Report of the Indian Hemp Drugs Commission, 1894-1895 - Volume VII
Year: 1894
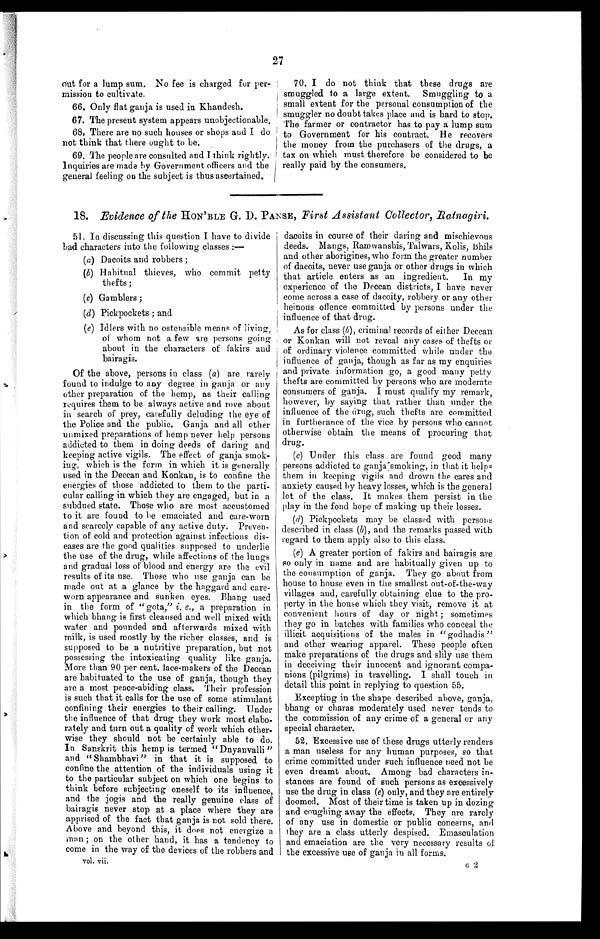
27
out for a lump sum. No fee is charged for per--
mission to cultivate.
66. Only flat ganja is used in Khandesh.
67. The present system appears unobjectionable.
68. There are no such houses or shops and I do
not think that there ought to be.
69. The people are consulted and I think rightly.
Inquiries are made by Government officers and the
general feeling on the subject is thus ascertained.
70. I do not think that these drugs are
smuggled to a large extent. Smuggling to a
small extent for the personal consumption of the
smuggler no doubt takes place and is hard to stop.
The farmer or contractor has to pay a lump sum
to Government for his contract. He recovers
the money from the purchasers of the drugs, a
tax on which must therefore be considered to be
really paid by the consumers.
18. Evidence of the H ON ' BLE G. D. PANSE, First Assistant Collector, Ratnagiri.
51. In discussing this question I have to divide
bad characters into the following classes : —
(a) Dacoits and robbers ;
(b) Habitual thieves, who commit petty
thefts;
(c) Gamblers ;
(d) Pickpockets ; and
( e ) I d l e r s w i t h n o o s t e n s i b l e m e a n so
f
l i v i n g ,
of whom not a few are persons going
about in the characters of fakirs and
bairagis.
Of the above, persons in class (a) are rarely
found to indulge to any degree in ganja or any
other preparation of the hemp, as their calling
requires them to be always active and rove about
in search of prey, carefully deluding the eye of
the Police and the public. Ganja and all other
unmixed preparations of hemp never help persons
addicted to them in doing deeds of daring and
keeping active vigils. The effect of ganja smok-
- i n g , w h i c h i s t h e f o r m i n w h i c h i t i s g e n e r a l l y
used in the Deccan and Konkan, is to confine the
energies of those addicted to them to the parti--
cular calling in which they are engaged, but in a
subdued state. Those who are most accustomed
to it are found to be emaciated and care-worn
and scarcely capable of any active duty. Preven--
tion of cold and protection against infectious dis--
eases are the good qualities supposed to underlie
the use of the drug, while affections of the lungs
and gradual loss of blood and energy are the evil
results of its use. Those who use ganja can be
made out at a glance by the haggard and care--
worn appearance and sunken eyes. Bhang used
in the form of " gota," i . e . ,
a p r e p a r a t i o n i n
which bhang is first cleansed and well mixed with
water and pounded and afterwards mixed with
milk, is used mostly by the richer classes, and is
supposed to be a nutritive preparation, but not
possessing the intoxicating quality like ganja.
More than 90 per cent. lace-makers of the Deccan
are habituated to the use of ganja, though they
are a most peace-abiding class. Their profession
is such that it calls for the use of some stimulant
confining their energies to their calling. Under
the influence of that drug they work most elabo--
rately and turn out a quality of work which other--
wise they should not be certainly able to do.
In Sanskrit this hemp is termed "Dnyanvalli "
and " Shambhavi" in that it is supposed to
confine the attention of the individuals using it
to the particular subject on which one begins to
think before subjecting oneself to its influence,
and the jogis and the really genuine class of
bairagis never stop at a place where they are
apprised of the fact that ganja is not sold there.
Above and beyond this, it does not energize a
man ; on the other hand, it has a tendency to
come in the way of the devices of the robbers and
vol. vii.
dacoits in course of their daring and mischievous
deeds. Mangs, Ramwanshis, Talwars, Kolis, Bhils
and other aborigines, who form the greater number
of dacoits, never use ganja or other drugs in which
that article enters as an ingredient. In my
experience of the Deccan districts, I have never
come across a case of dacoity, robbery or any other
heinous offence committed by persons under the
influence of that drug.
As for class (b), criminal records of either Deccan
or Konkan will not reveal any cases of thefts or
of ordinary violence committed while under the
influence of ganja, though as far as my enquiries
and private information go, a good many petty
thefts are committed by persons who are moderate
consumers of ganja. I must qualify my remark,
however, by saying that rather than under the
influence of the drug, such thefts are committed
in furtherance of the vice by persons who cannot
otherwise obtain the means of procuring that
drug.
(c) Under this class are found good many
persons addicted to ganja smoking, in that it helps
them in keeping vigils and drown the cares and
anxiety caused by heavy losses, which is the general
lot of the class. It makes them persist in the
play in the fond hope of making up their losses.
(d) Pickpockets may be classed with persons
described in class ( b), and the remarks passed with
regard to them apply also to this class.
(e) A greater portion of fakirs and bairagis are
so only in name and are habitually given up to
the consumption of ganja. They go about from
house to house even in the smallest out-of-the-way
villages and, carefully obtaining clue to the pro--
perty in the house which they visit, remove it at
convenient hours of day or night; sometimes
they go in batches with families who conceal the
illicit acquisitions of the males in "godhadis"
and other wearing apparel. These people often
make preparations of the drugs and slily use them
in deceiving their innocent and ignorant compa--
nions (pilgrims) in travelling. I shall touch in
detail this point in replying to question 55.
Excepting in the shape described above, ganja,
bhang or charas moderately used never tends to
the commission of any crime of a general or any
special character.
52. Excessive use of these drugs utterly renders
a man useless for any human purposes, so that
crime committed under such influence need not be
even dreamt about. Among bad characters in--
stances are found of such persons as excessively
use the drug in class (e) only, and they are entirely
doomed. Most of their time is taken up in dozing
and coughing away the effects. They are rarely
of any use in domestic or public concerns, and
they are a class utterly despised. Emasculation
and emaciation are the very necessary results of
the excessive use of ganja in all forms.
G 2